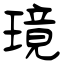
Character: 璄